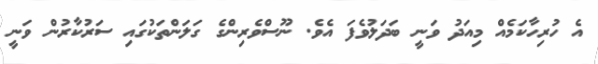
އެ ހުރިހާކަމެއް މިއަދު ވަނީ ބަދަލުވެފަ އެވެ. ނޫސްވެރިންގެ ގަލަންތަކުގައި ސަރުކާރުން ވަނީ